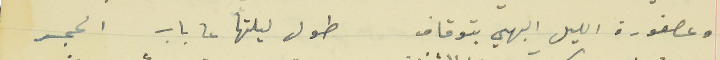
وعصفورة الليل البهي بتوقاف                                        طول ليلتها عا باب الحجر